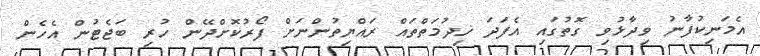
އެމަނިކުފާނު ވިދާޅުވި ގޮތުގައި އެފަދަ ޚިދުމަތްތައް ރައްޔިތުންނަށް ފޯރުކޮށްދޭން ހުރި ބަޖެޓުން އެހެން